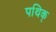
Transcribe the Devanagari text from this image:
पथिक्‌